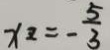
x _ { 2 } = - \frac { 5 } { 3 }